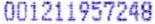
001211957248